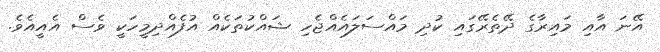
އޭނަ އާއި މައިރާގެ ދޭތެރޭގައި ކުދި މައްސަލައެއްޖެހި ޝައްކުތަކެއް އުފެއްދިމީހަކީ ވެސް އެއީއެވެ.